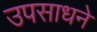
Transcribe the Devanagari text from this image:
उपसाधने